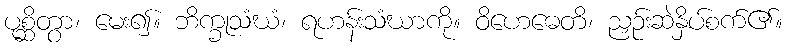
ပုစ္ဆိတွာ၊ မေး၍။ ဘိက္ခုသံဃံ၊ ရဟန်းသံဃာကို။ ဝိဟေဓေတိ၊ ညှဉ်းဆဲနှိပ်စက်၏။